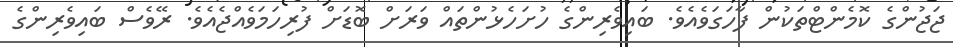
ޖަޖުންގެ ކޮމެންޓްތަކުން ފާހަގަވެއެވެ. ބައިވެރިންގެ ހުށަހެޅުންތައް ވަރަށް ބޮޑަށް ފުރިހަމަވެއްޖެއެވެ. ރޭވެސް ބައިވެރިންގެ